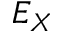
E _ { X }